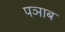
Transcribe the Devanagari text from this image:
पञाब